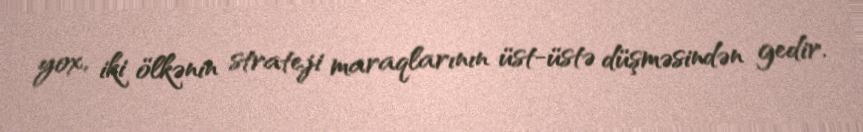
yox, iki ölkənin strateji maraqlarının üst-üstə düşməsindən gedir.